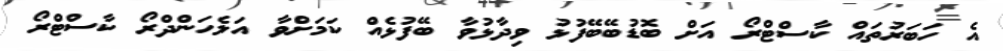
އެ ހަބަރުތައް ކާސްޓްރޯ އަށް ބޮޑުބޭބޭފުޅު ވިދާޅުވާ ބޭފުޅެއް ކަމަށްވާ އަލެހަންދްރޯ ކާސްޓްރޯ